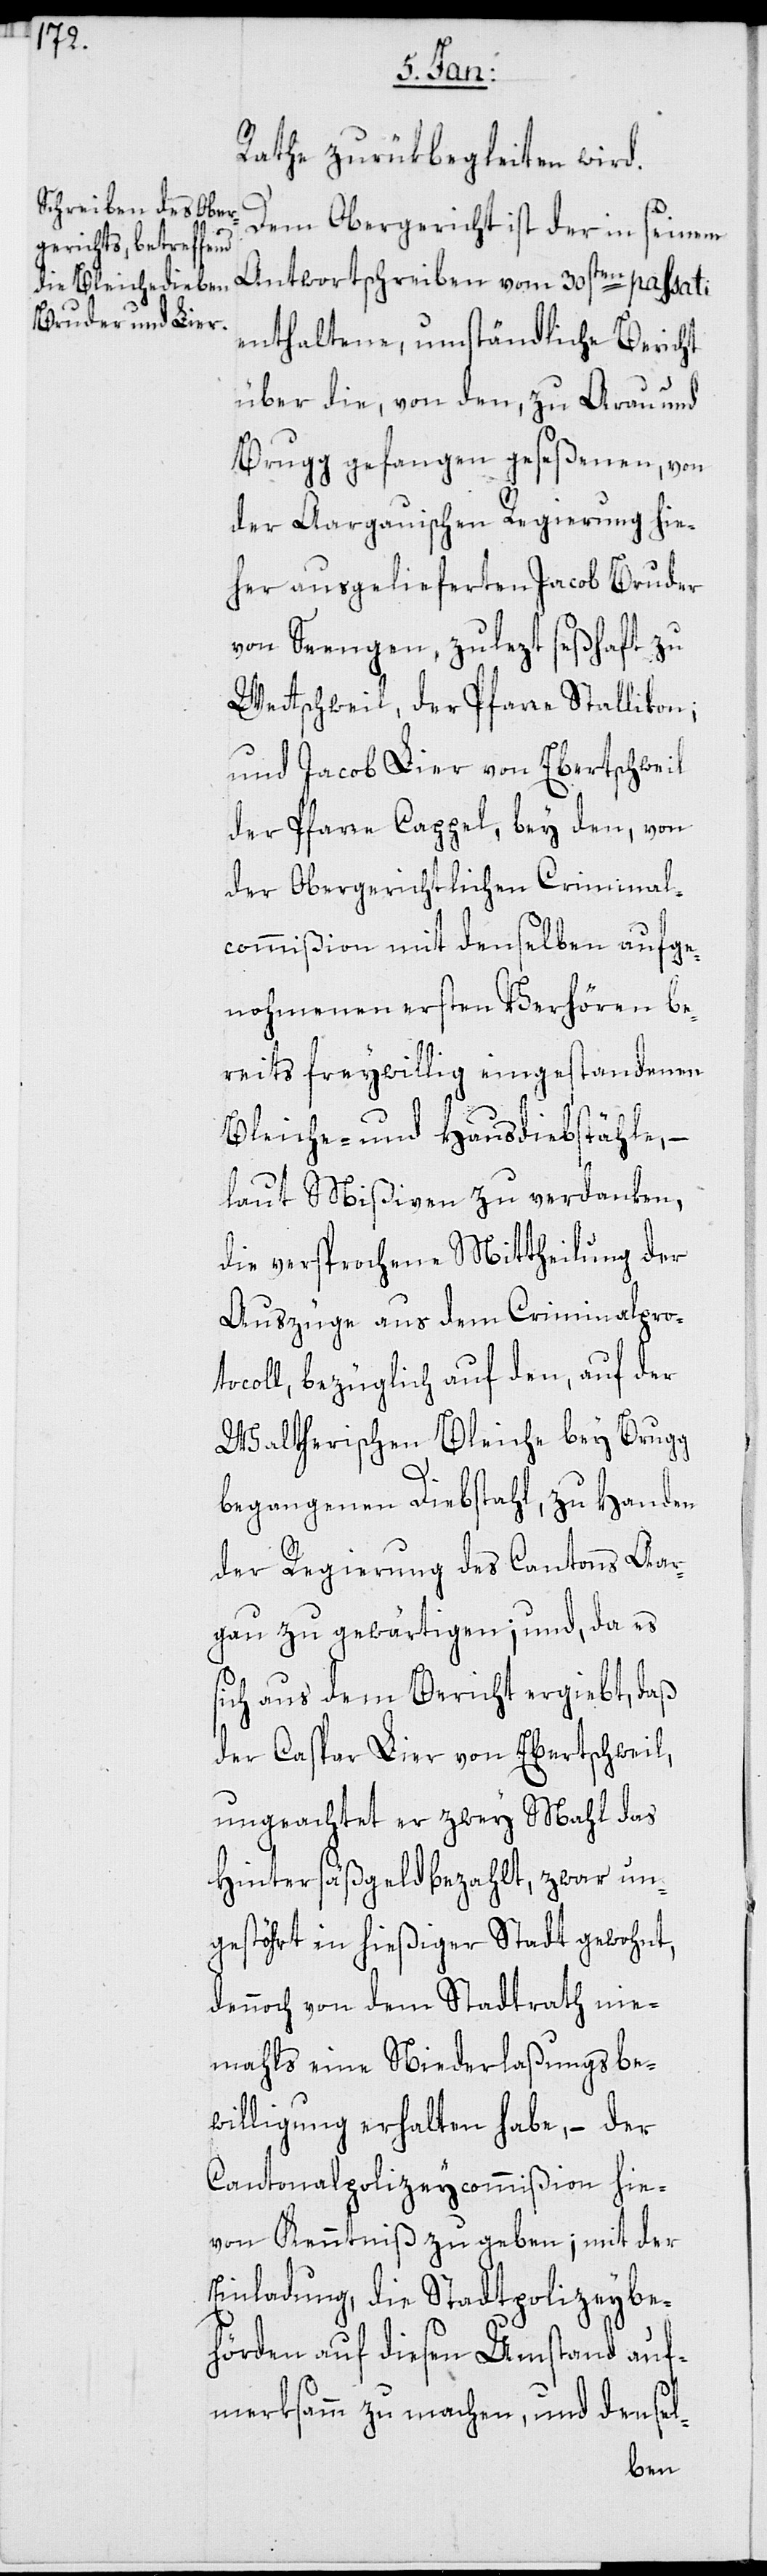
Rathe zurücbegleiten wird.
Dem Obergericht ist der in seinem
Antwortschreiben vom 30sten passati
enthaltene, umständliche Bericht
über die, von den zu Arau und
Brugg gefangen geseßenen, von
der Aargauischen Regierung hie¬
her ausgelieferten Jacob Bruder
von Seengen, zulezt seßhaft zu
Wettschweil, der Pfarre Stallikon;
und Jacob Lier von Ebertschweil
der Pfarre Cappel, bey den, von
der Obergerichtlichen Criminal¬
commißion mit denselben aufge¬
nohmenen ersten Verhören be¬
reits freywillig eingestandenen
Bleiche- und Hausdiebstähle,
laut Mißiven zu verdanken,
die versprochene Mittheilung der
Auszüge aus dem Criminalpro¬
tocoll, bezüglich auf den, auf der
Waltherischen Bleiche bey Brugg
begangenen Diebstahl, zu Handen
der Regierung des Cantons Aar¬
gau zu gewärtigen; und, da es s¬
ich aus dem Bericht ergiebt, daß
der Caspar Lier von Ebertschweil,
ungeachtet er zwey Mahl das
Hintersäßgeld bezahlt, zwar un¬
gestört in hießiger Stadt gewohnt,
dennoch von dem Stadtrath nie¬
mahls eine Niederlaßungbe¬
willigung erhalten habe, – der
Cantonalpolizeycommißion hie¬
von Kenntniß zu geben; mit der
Einladung, die Stadtpolizeybe¬
hörden auf diesen Umstand auf¬
merksamm zu machen, und densel-